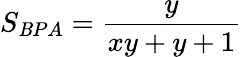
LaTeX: S_{\mathit{B}PA}={\frac{{y}}{{xy+y+1}}}